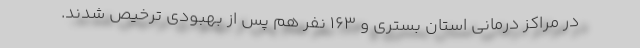
در مراکز درمانی استان بستری و ۱۶۳ نفر هم پس از بهبودی ترخیص شدند.